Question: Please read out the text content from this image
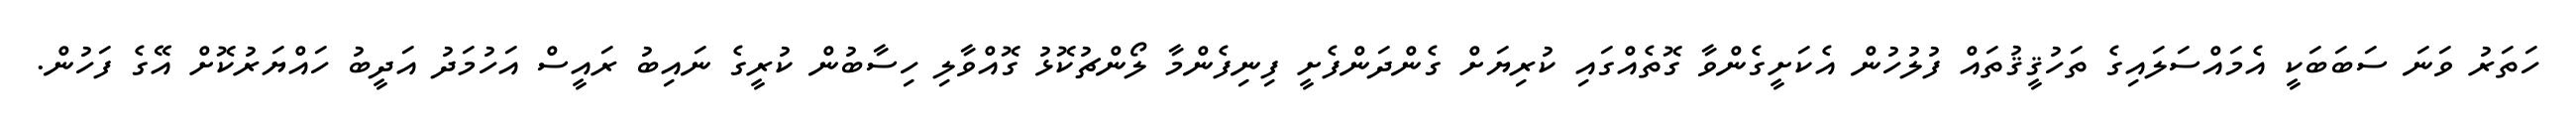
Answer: ހަތަރު ވަނަ ސަބަބަކީ އެމައްސަލައިގެ ތަހުޤީޤުތައް ފުލުހުން އެކަށީގެންވާ ގޮތެއްގައި ކުރިޔަށް ގެންދަންފެށީ ފިނިފެންމާ ލޯންޗުކޮޅު ގޮއްވާލި ހިސާބުން ކުރީގެ ނައިބު ރައީސް އަހުމަދު އަދީބު ހައްޔަރުކޮށް އޭގެ ފަހުން.